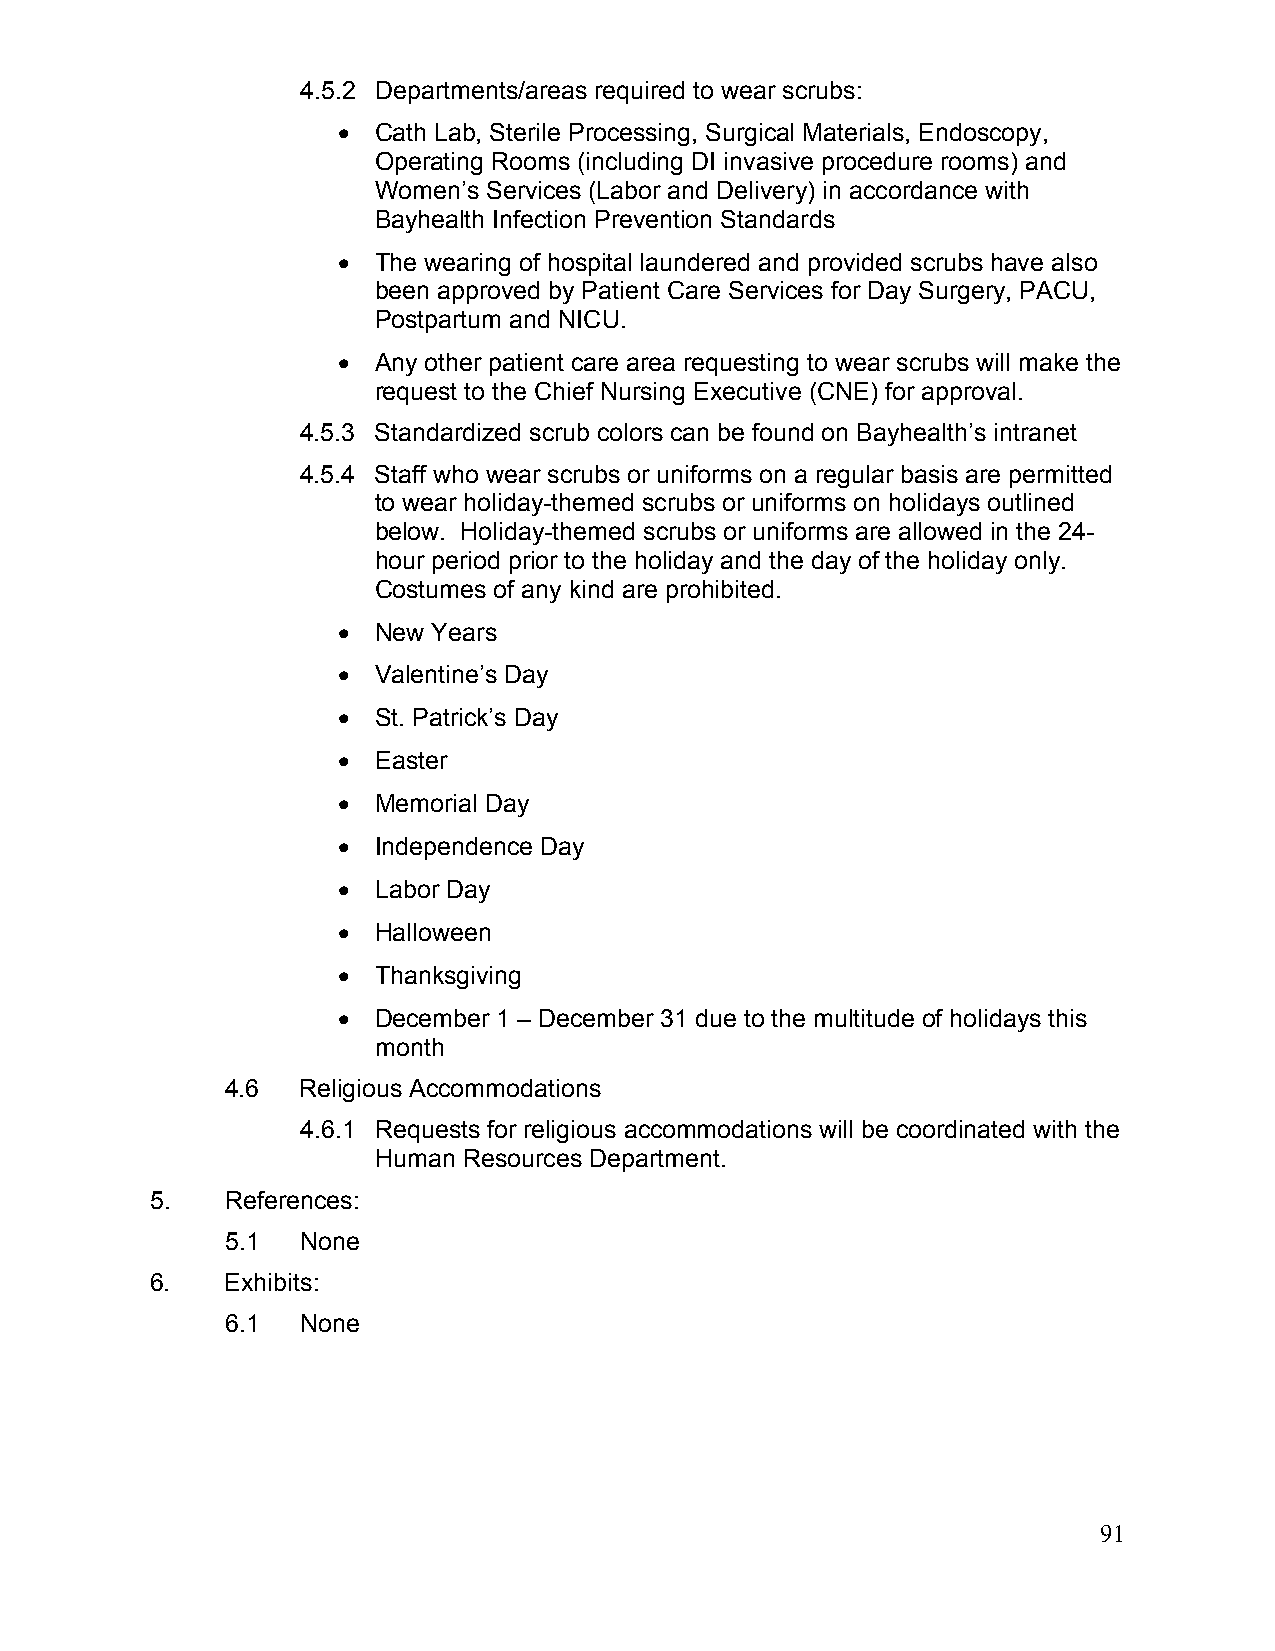
7-02-17
 4.5.2 Departments/areas required to wear scrubs:
   Cath Lab, Sterile Processing, Surgical Materials, Endoscopy,
 Operating Rooms (including DI invasive procedure rooms) and
 Women’s Services (Labor and Delivery) in accordance with
 Bayhealth Infection Prevention Standards
   The wearing of hospital laundered and provided scrubs have also
 been approved by Patient Care Services for Day Surgery, PACU,
 Postpartum and NICU.
   Any other patient care area requesting to wear scrubs will make the
 request to the Chief Nursing Executive (CNE) for approval.
 4.5.3 Standardized scrub colors can be found on Bayhealth’s intranet
 4.5.4 Staff who wear scrubs or uniforms on a regular basis are permitted
 to wear holiday-themed scrubs or uniforms on holidays outlined
 below. Holiday-themed scrubs or uniforms are allowed in the 24-
 hour period prior to the holiday and the day of the holiday only.
 Costumes of any kind are prohibited.
   New Years
   Valentine’s Day
   St. Patrick’s Day
   Easter
   Memorial Day
   Independence Day
   Labor Day
   Halloween
   Thanksgiving
   December 1 – December 31 due to the multitude of holidays this
 month
 4.6  Religious Accommodations
 4.6.1 Requests for religious accommodations will be coordinated with the
 Human Resources Department.
 5.   References:
 5.1  None
 6.   Exhibits:
 6.1  None
 91